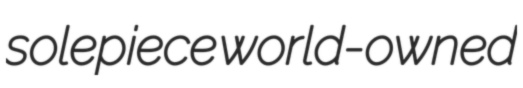
solepiece world-owned